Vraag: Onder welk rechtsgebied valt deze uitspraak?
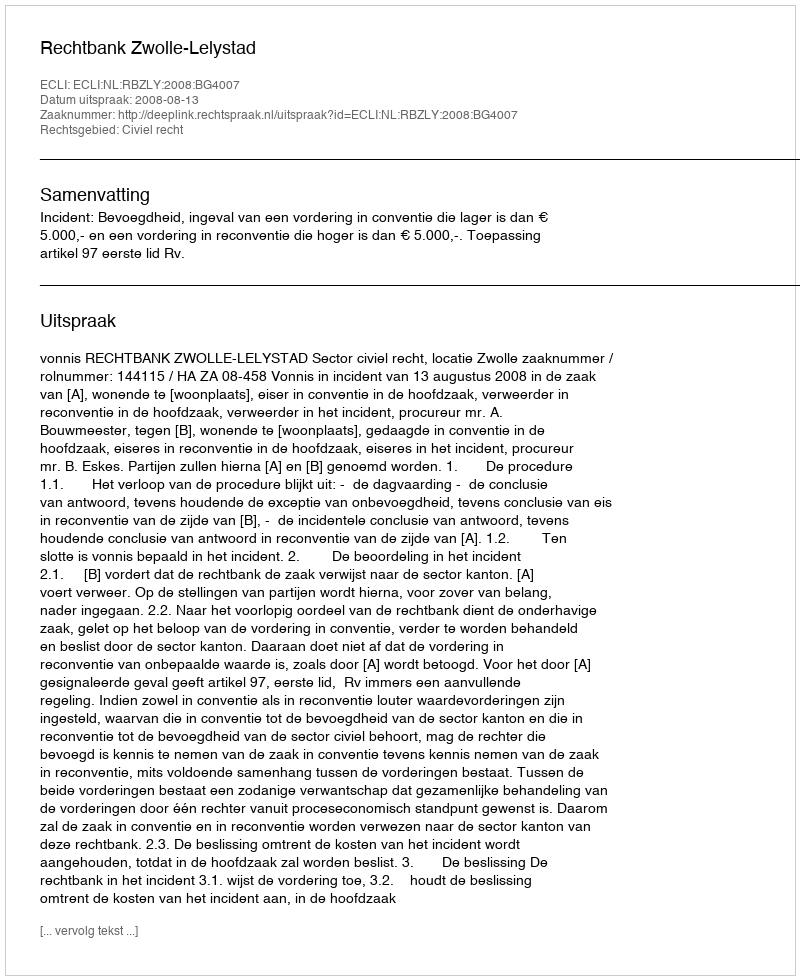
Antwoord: Civiel recht